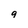
Character: q